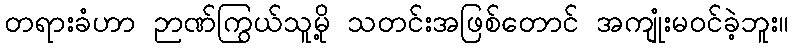
တရားခံဟာ ဉာဏ်ကြွယ်သူမို့ သတင်းအဖြစ်တောင် အကျုံးမဝင်ခဲ့ဘူး။